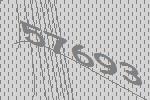
57693